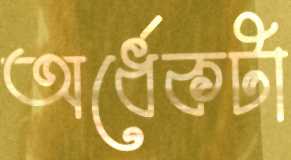
অর্ধেকটা